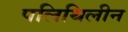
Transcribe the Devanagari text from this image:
पलिथिलीन